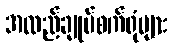
အထည်ချုပ်စက်ရုံများ